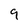
Character: 9